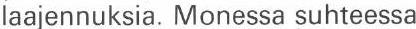
laajennuksia. Monessa suhteessa